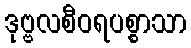
ဒုဗ္ဗလစီဝရပစ္စာသာ